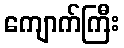
ကျောက်ကြီး